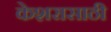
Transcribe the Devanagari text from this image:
केशरासाठी